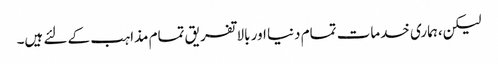
لیکن،ہماری خدمات تمام دنیا اور بالا تفریق تمام مذاہب کے لئے ہیں۔